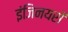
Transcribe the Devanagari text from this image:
इंजिनयरों